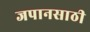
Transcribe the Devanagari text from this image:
जपानसाठी